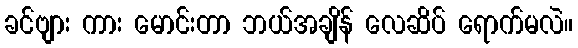
ခင်ဗျား ကား မောင်းတာ ဘယ်အချိန် လေဆိပ် ရောက်မလဲ။